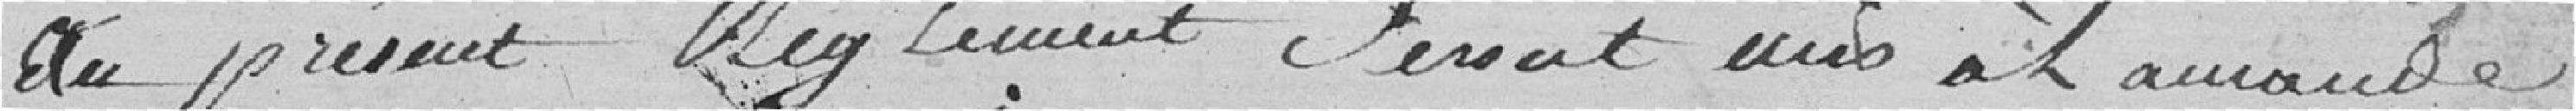
du présent règlement seront mis à l'amende